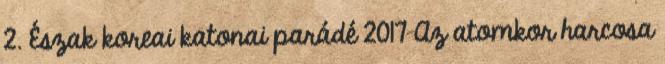
2. Észak koreai katonai parádé 2017 Az atomkor harcosa